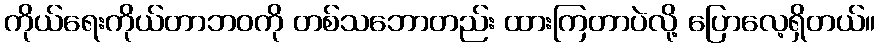
ကိုယ်ရေးကိုယ်တာဘဝကို တစ်သဘောတည်း ထားကြတာပဲလို့ ပြောလေ့ရှိတယ်။